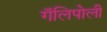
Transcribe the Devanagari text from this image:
गॅलिपोली